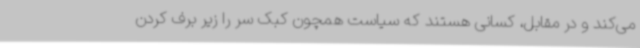
می‌کند و در مقابل، کسانی هستند که سیاست همچون کبک سر را زیر برف کردن